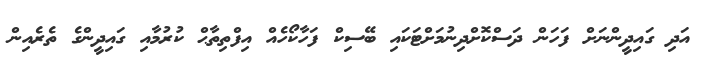
އަދި ގައިދީންނަށް ފަހަން ދަސްކޮށްދިނުމަށްޓަކައި ބޭސިކް ފަހާކޯހެއް އިފްތިތާޙް ކުރުމާއި ގައިދީންގެ ތެރެއިން